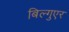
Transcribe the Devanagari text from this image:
बिल्गुएर